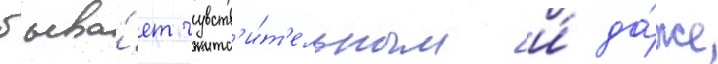
быва́ет чувств'и́т'ельным и́ да́же